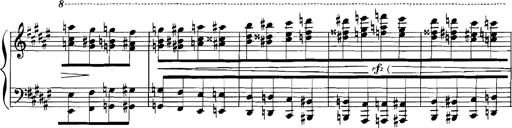
Title: Rhapsodies hongroises
Composer: Franz Liszt